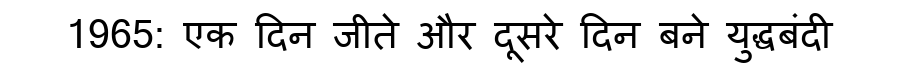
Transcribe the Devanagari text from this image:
1965: एक दिन जीते और दूसरे दिन बने युद्धबंदी